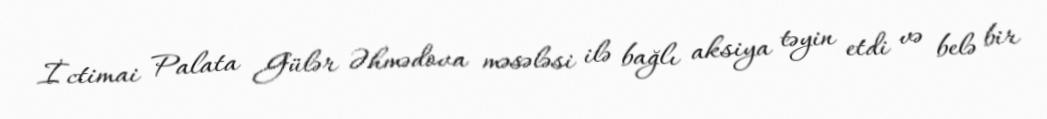
İctimai Palata Gülər Əhmədova məsələsi ilə bağlı aksiya təyin etdi və belə bir